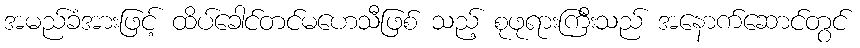
အမည်ခံအားဖြင့် ထိပ်ခေါင်တင်မဟေသီဖြစ် သည့် စုဖုရားကြီးသည် အနောက်ဆောင်တွင်